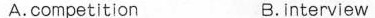
A.competition B.Interview